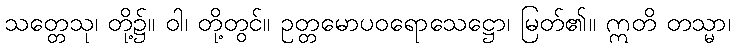
သတ္တေသု၊ တို့၌။ ဝါ၊ တို့တွင်။ ဥတ္တမောပဝရောသေဋ္ဌော၊ မြတ်၏။ ဣတိ တသ္မာ၊